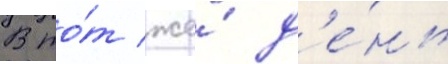
В то́т же́ д'е́нь